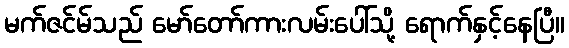
မက်ဇင်မ်သည် မော်တော်ကားလမ်းပေါ်သို့ ရောက်နှင့်နေပြီ။